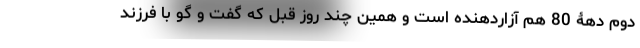
دوم دهۀ 80 هم آزار‌دهنده است و همین چند روز قبل که گفت و گو با فرزند